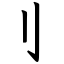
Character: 刂